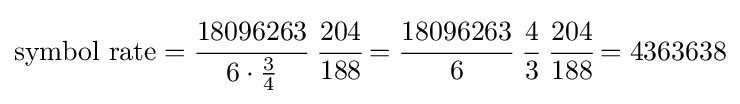
{\text{symbol rate}}={\cfrac {18096263}{6\cdot {\frac {3}{4}}}}~{\cfrac {204}{188}}={\cfrac {18096263}{6}}~{\cfrac {4}{3}}~{\cfrac {204}{188}}=4363638